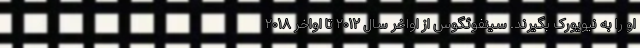
او را به نیویورک بگیرند. سینفوئگوس از اواخر سال ۲۰۱۲ تا اواخر ۲۰۱۸